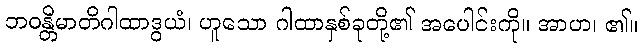
ဘဝန္တိမာတိဂါထာဒွယံ၊ ဟူသော ဂါထာနှစ်ခုတို့၏ အပေါင်းကို။ အာဟ၊ ၏။